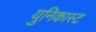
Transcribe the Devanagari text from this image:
युनिकास्ट